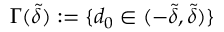
\Gamma ( \tilde { \delta } ) : = \{ d _ { 0 } \in ( - \tilde { \delta } , \tilde { \delta } ) \}